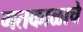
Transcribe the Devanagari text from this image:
गतकाळाचे